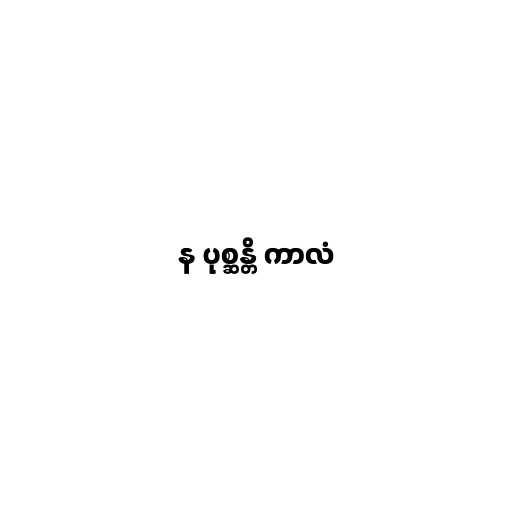
န ပုစ္ဆန္တိ ကာလံ